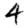
Digit: 4